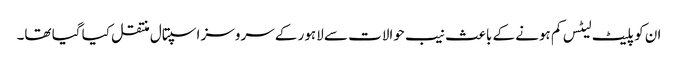
ان کو پلیٹ لیٹس کم ہونے کے باعث نیب حوالات سے لاہور کے سروسز اسپتال منتقل کیا گیا تھا۔